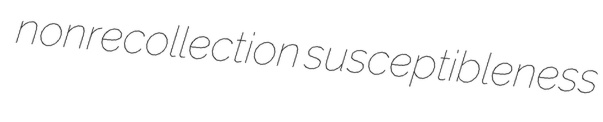
nonrecollection susceptibleness